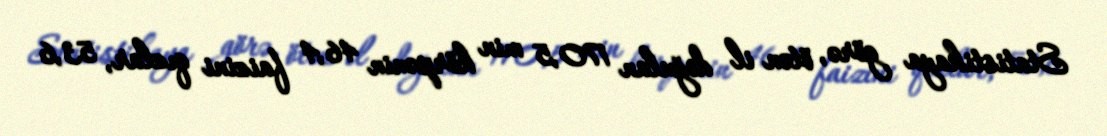
Statistikaya görə, ötən il doğulan 170,5 min körpənin 46,4 faizini qızlar, 53,6